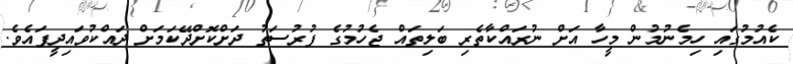
ކެއުމުގައި ހިމެނުމުން މީހާ އަށް ނުރައްކާތެރި ބަލިތައް ޖެހުމުގެ ފުރުސަތު ދަށްކޮށްދޭކަމަށް ދައްކުވައިދީފައެވެ.